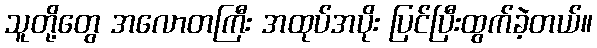
သူတို့တွေ အလောတကြီး အထုပ်အပိုး ပြင်ပြီးထွက်ခဲ့တယ်။